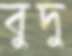
বুদু